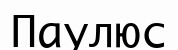
Паулюс